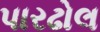
પારઢોલ